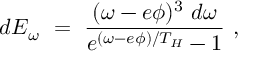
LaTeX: d E _ { \omega } ~ = ~ \frac { ( \omega - e \phi ) ^ { 3 } ~ d \omega } { e ^ { ( \omega - e \phi ) / T _ { H } } - 1 } ~ ,